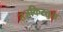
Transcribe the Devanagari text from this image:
तजकिरतुल